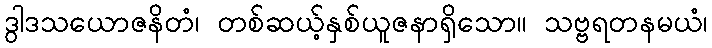
ဒွါဒသယောဇနိတံ၊ တစ်ဆယ့်နှစ်ယူဇနာရှိသော။ သဗ္ဗရတနမယံ၊